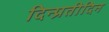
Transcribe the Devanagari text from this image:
दिन्प्रतीदिन